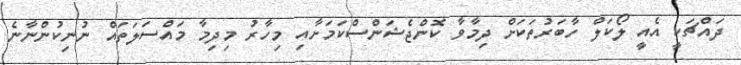
ދައްޗަކީ އެއީ ލޯކަލް ހާބަރުތަކަށް ދިމާވާ ކޮންޖެޝަންސްކަމަށާއި މިހާރު މިދިމާ މައްސަލަތައް ނުނިކުންނާނެ